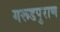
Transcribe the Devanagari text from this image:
गरूडपुराण